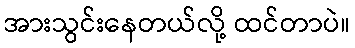
အားသွင်းနေတယ်လို့ ထင်တာပဲ။